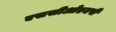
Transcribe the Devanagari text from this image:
एससीओएमपी